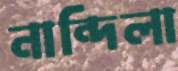
নান্দিলা